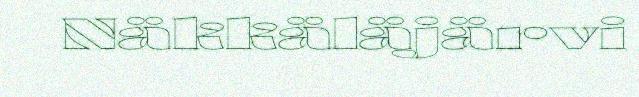
Näkkäläjärvi